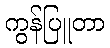
ကွန်ပြူတာ